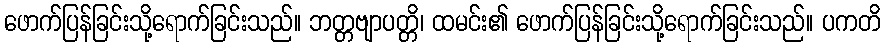
ဖောက်ပြန်ခြင်းသို့ရောက်ခြင်းသည်။ ဘတ္တဗျာပတ္တိ၊ ထမင်း၏ ဖောက်ပြန်ခြင်းသို့ရောက်ခြင်းသည်။ ပကတိ